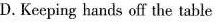
D.Keeping hands off the table